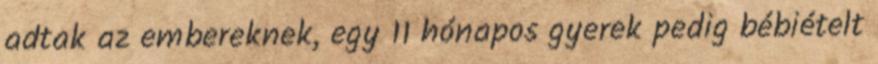
adtak az embereknek, egy 11 hónapos gyerek pedig bébiételt